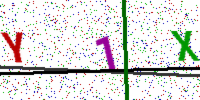
Text: Y1X